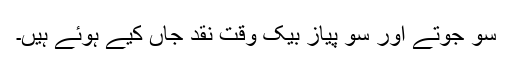
سو جوتے اور سو پیاز بیک وقت نقد جاں کیے ہوئے ہیں۔